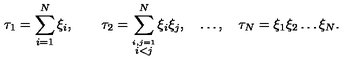
\tau _ { 1 } = \sum _ { i = 1 } ^ { N } \xi _ { i } , \qquad \tau _ { 2 } = \sum _ { \stackrel { i , j = 1 } { i < j } } ^ { N } \xi _ { i } \xi _ { j } , \quad \ldots , \quad \tau _ { N } = \xi _ { 1 } \xi _ { 2 } \ldots \xi _ { N } .